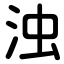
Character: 浊